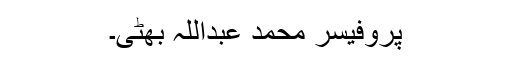
پروفیسر محمد عبداللہ بھٹی۔